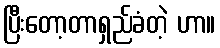
ပြီးတော့တာရှည်ခံတဲ့ ဟာ။